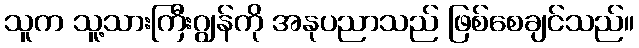
သူက သူ့သားကြီးဂျွန်ကို အနုပညာသည် ဖြစ်စေချင်သည်။